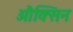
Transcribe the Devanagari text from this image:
औक्सिन